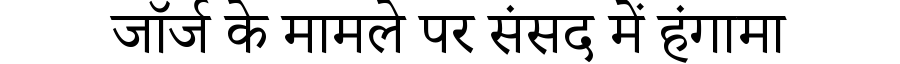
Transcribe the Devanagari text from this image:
जॉर्ज के मामले पर संसद में हंगामा